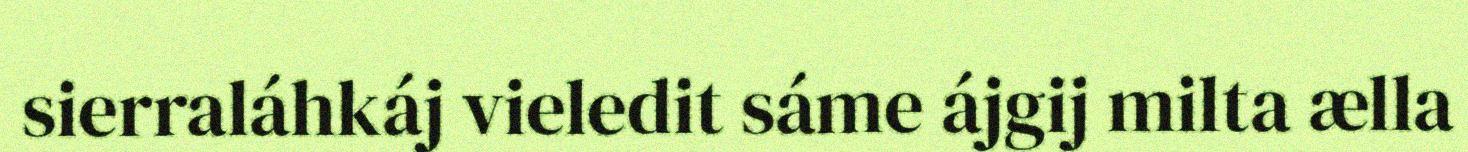
sierraláhkáj vieledit sáme ájgij milta ælla